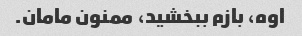
اوه، بازم ببخشید، ممنون مامان.